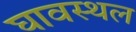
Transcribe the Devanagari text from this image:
घावस्थल